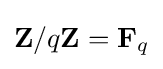
{\textstyle \mathbf {Z} /q\mathbf {Z} =\mathbf {F} _{q}}